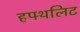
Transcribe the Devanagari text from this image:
हफ्थलिट